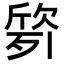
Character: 𭮙